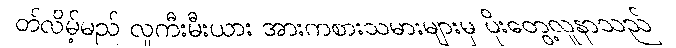
တ်လိမ့်မည် လူကီးမီးယား အားကစားသမားများမှ ပိုးတွေ့လူနာသည်